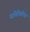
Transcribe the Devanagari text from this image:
ध्वनिफितींचा